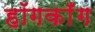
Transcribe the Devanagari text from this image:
हॉगकाँग